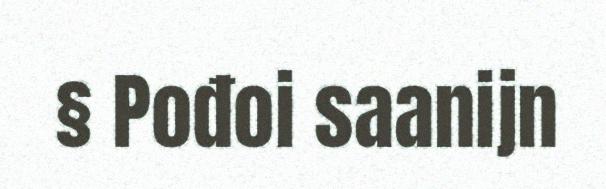
§ Pođoi saanijn